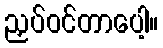
ညှပ်ဝင်တာပေါ့။